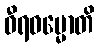
ဓီရဓမ္မောတိ